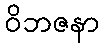
ဝိဘဇနာ